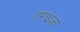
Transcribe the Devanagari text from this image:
एराइजा